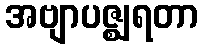
အဗျာပဇ္ဈရတာ